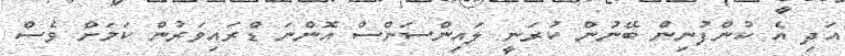
އަދި އެ ކުންފުނިން ބޭނުން ކުރަނީ ލައިންސަންސް އޮންނަ ޑްރައިވަރުން ކަމަށް ވެސް